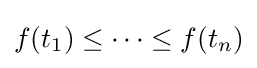
f(t_{1})\leq \cdots \leq f(t_{n})